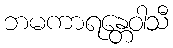
ဘမကာရန္တေဝါသီ